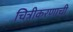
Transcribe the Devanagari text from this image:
चित्रीकरणाची